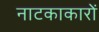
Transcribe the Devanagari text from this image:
नाटकाकारों